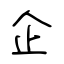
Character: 企